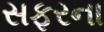
સફરના